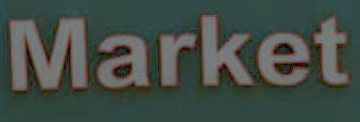
Market